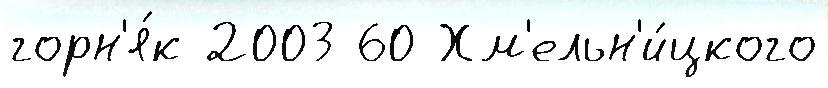
горн'я́к 2003 60 Хм'ельн'и́цкого